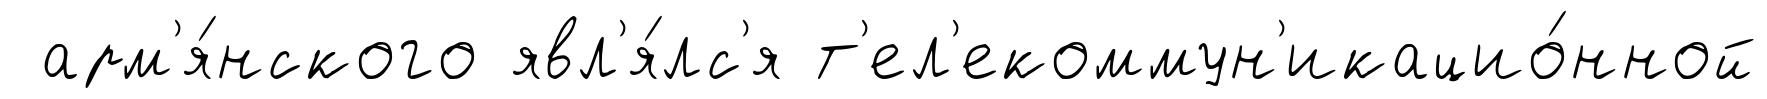
арм'я́нского явл'я́лс'я т'ел'екоммун'икацио́нной